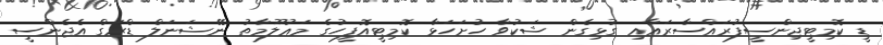
ޑީ ކޮމިޓީޖިންސީފުރައްސާރައާއި ގުޅިގެން ޝަކުވާ ހުށަހަޅާ ކޮމިޓީއޮފީހުގެ މަޢުލޫމާތު ނޭޝަނަލް ޑްރަގް އެޖެންސީ